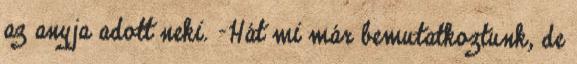
az anyja adott neki. -Hát mi már bemutatkoztunk, de